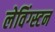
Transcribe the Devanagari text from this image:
लेविंग्स्टन